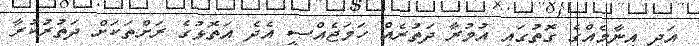
އަދި އިނާމެއްގެ ގޮތުގައި އުމުރާ ދަތުރެއް ހަމަޖެއްސީ އެދެ އަތޮޅުގެ ރަށްތަކަށް ދަތުރުކުރާ